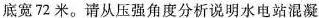
底宽72米。请从压强角度分析说明水电站混凝